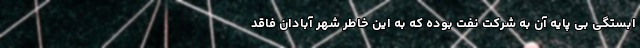
ابستگی بی پایه آن به شرکت نفت بوده که به این خاطر شهر آبادان فاقد